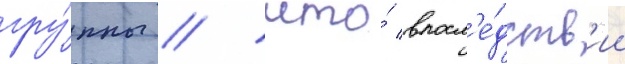
гру́ппы / что́ впосл'е́дств'ии